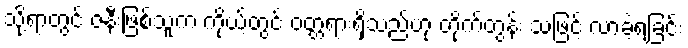
သို့ရာတွင် ဇနီးဖြစ်သူက ကိုယ့်တွင် ဝတ္တရားရှိသည်ဟု တိုက်တွန်း သဖြင့် လာခဲ့ရခြင်း